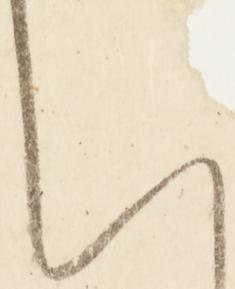
い